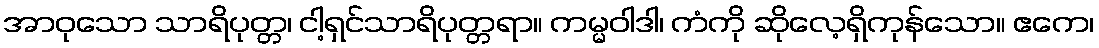
အာဝုသော သာရိပုတ္တ၊ ငါ့ရှင်သာရိပုတ္တရာ။ ကမ္မဝါဒါ၊ ကံကို ဆိုလေ့ရှိကုန်သော။ ဧကေ၊